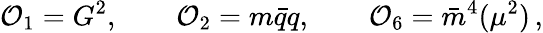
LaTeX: {\cal O}_{1}=G^{2},\qquad{\cal O}_{2}=m\bar{q}q,\qquad{\cal O}_{6}=\bar{m}^{4}(\mu^{2})\, ,